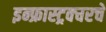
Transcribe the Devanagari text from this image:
इन्फ्रास्ट्रक्चरचे